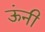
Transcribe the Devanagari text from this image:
ऊंनी